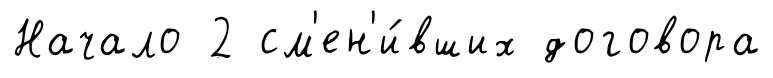
Начало 2 см'ен'и́вших договора